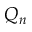
Q _ { n }